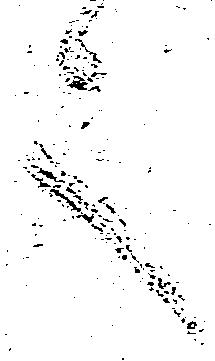
言